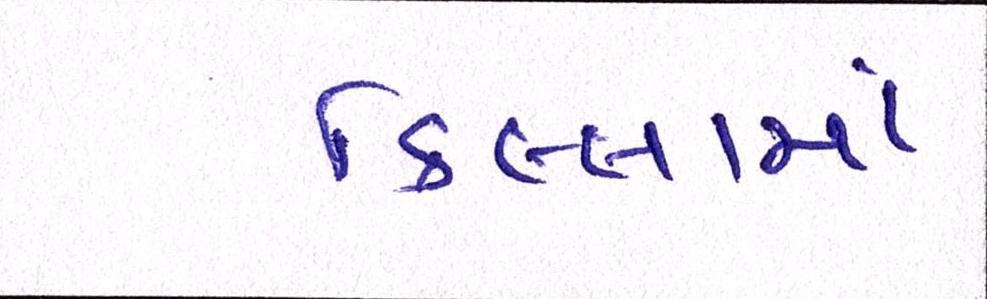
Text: કિલ્લામાં